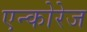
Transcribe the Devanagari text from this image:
एन्कोरेज